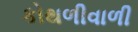
કોથળીવાળી